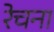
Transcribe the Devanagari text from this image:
रेचना